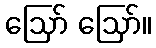
ဪ ဪ။